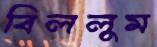
বিললুম